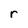
Character: r